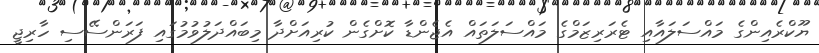
ޔޫކްރެއިންގެ މައްސަލައާއި ޓެރަރިޒަމްގެ މައްސަލަތައް އެޖެންޑާ ކޮށްގެން ކުރިއަށްދާ މިބައްދަލުވުމުގައި ފަރަންސޭސި ހާރިޖީ